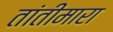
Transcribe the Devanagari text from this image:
तांतीमारा